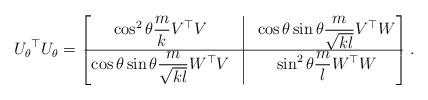
\begin{align*} {U_\theta}^\top U_\theta = \begin{bmatrix}\cos^2 \theta \dfrac{m}{k} V^\top V & \vline & \cos \theta \sin \theta \dfrac{m}{\sqrt{k l}} V^\top W\\\hline \cos \theta \sin \theta \dfrac{m}{\sqrt{k l}} W^\top V & \vline & \sin ^2 \theta \dfrac{m}{l} W^\top W\end{bmatrix}.\end{align*}